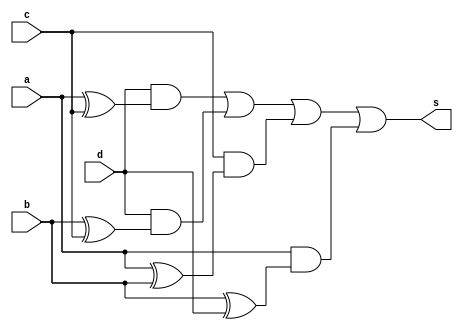
//Matheus Felipe Silva Evangelista
//Matrcula : 417550

module m4(s,a,b,c,d);
output s;
input a,b,c,d;
wire t0,t1,t2,t3,t4,t5,t6,t7,t8;

xor XOR1 (t0, a, c);
xor XOR2 (t1, b, c);
xor XOR3 (t2, a, b);
xor XOR4 (t3, b, d);
and AND1 (t5, d, t0);
and AND2 (t6, d, t1);
and AND3 (t7, c, t2);
and AND4 (t8, a, t3);
or OR1 (s, t5, t6, t7, t8);



endmodule

//teste

module teste;
reg a,b,c,d;
integer x,y,w,z;
wire s;

//instancia

m4 m(s,a,b,c,d);

//main

initial begin
	$display("Prova 1i - Matheus Felipe Silva Evangelista");
	$display("a b c d s");
	$monitor("%b %b %b %b %b",a,b,c,d,s);
	
	for(x=0;x<2;x=x+1)
	begin
	a=x;
		for(y=0;y<2;y=y+1)
		begin
		b=y;
			for(w=0;w<2;w=w+1)
				begin
				c=w;
					for(z=0;z<2;z=z+1)
						begin
						#1 d=z;
						end
				end
			end
		end
	end


endmodule